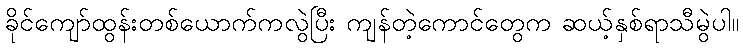
ခိုင်ကျော်ထွန်းတစ်ယောက်ကလွဲပြီး ကျန်တဲ့ကောင်တွေက ဆယ့်နှစ်ရာသီမွဲပါ။